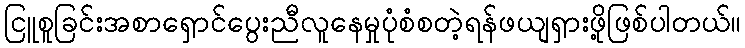
ငြူစူခြင်းအစာရှောင်ပွေးညီလူနေမှုပုံစံစတဲ့ရန်ဖယျရှားဖို့ဖြစ်ပါတယ်။